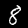
Label: 8